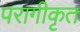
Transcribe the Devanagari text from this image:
परागीकृत